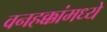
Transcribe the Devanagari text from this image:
वनहक्कांमध्ये